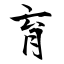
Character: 育